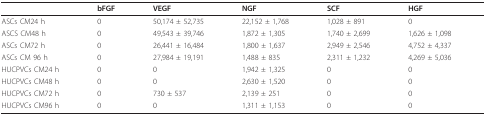
|  | bFGF | VEGF | NGF | SCF | HGF |
 | --- | --- | --- | --- | --- | --- |
 | ASCs CM24 h | 0 | 50,174 ± 52,735 | 22,152 ± 1,768 | 1,028 ± 891 | 0 |
 | ASCS CM48 h | 0 | 49,543 ± 39,746 | 1,872 ± 1,305 | 1,740 ± 2,699 | 1,626 ± 1,098 |
 | ASCs CM72 h | 0 | 26,441 ± 16,484 | 1,800 ± 1,637 | 2,949 ± 2,546 | 4,752 ± 4,337 |
 | ASCs CM 96 h | 0 | 27,984 ± 19,191 | 1,488 ± 835 | 2,311 ± 1,232 | 4,269 ± 5,036 |
 | HUCPVCs CM24 h | 0 | 0 | 1,942 ± 1,325 | 0 | 0 |
 | HUCPVCs CM48 h | 0 | 0 | 2,630 ± 1,520 | 0 | 0 |
 | HUCPVCs CM72 h | 0 | 730 ± 537 | 2,139 ± 251 | 0 | 0 |
 | HUCPVCs CM96 h | 0 | 0 | 1,311 ± 1,153 | 0 | 0 |